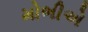
મોભીએ